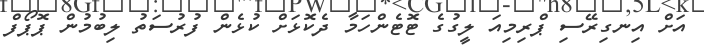
އަށް އިނގިރޭސި ޕްރިމިއަ ލީގުގެ ޓޮޓެންހަމާ ދެކޮޅަށް ކުޅެން ފުރުސަތު ލިބުމުން ޕޮޕޯފް